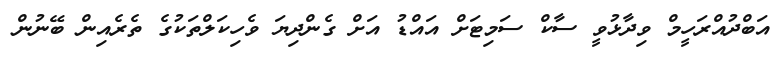
އަބްދުއްރަހީމް ވިދާޅުވީ ސާކް ސަމިޓަށް އައްޑު އަށް ގެންދިޔަ ވެހިކަލްތަކުގެ ތެރެއިން ބޭނުން